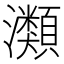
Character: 𤄹